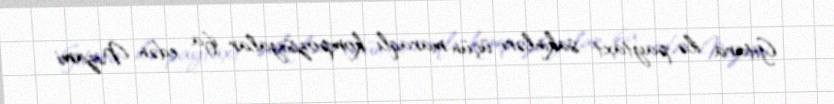
Gitara ilə paytaxt sakinləri üçün maraqlı kompozisiyalar ifa edən Nizami